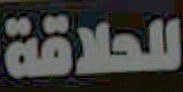
للحلاقة